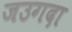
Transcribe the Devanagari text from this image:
जउगदा